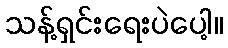
သန့်ရှင်းရေးပဲပေါ့။